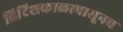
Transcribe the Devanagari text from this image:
ब्रिटिशकाळापासूनच